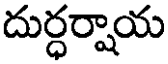
దుర్ధర్నాయ